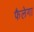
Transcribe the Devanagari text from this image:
फैलेगा